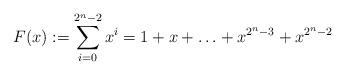
LaTeX: \begin{align*}F(x) := \sum_{i=0}^{2^n-2} x^i = 1 + x + \ldots + x^{2^n-3}+ x^{2^n-2}\end{align*}